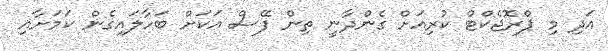
އަދި މި ޕްރޮޖެކްޓް ކުރިއަށް ގެންދާނީ ތިން ފޭސް އަކަަށް ބަހާލައިގެން ކަމަށާއި